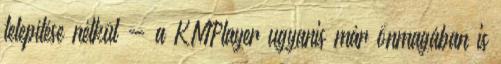
telepítése nélkül - a KMPlayer ugyanis már önmagában is